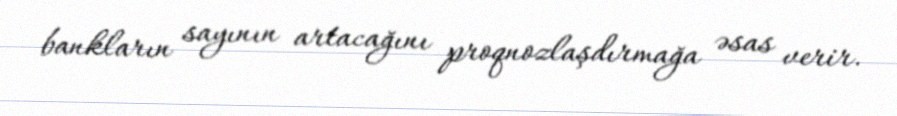
bankların sayının artacağını proqnozlaşdırmağa əsas verir.